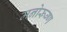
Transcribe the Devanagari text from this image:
मनोरूग्ण